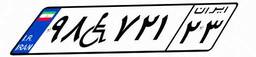
۹۸W۷۲۱۲۳